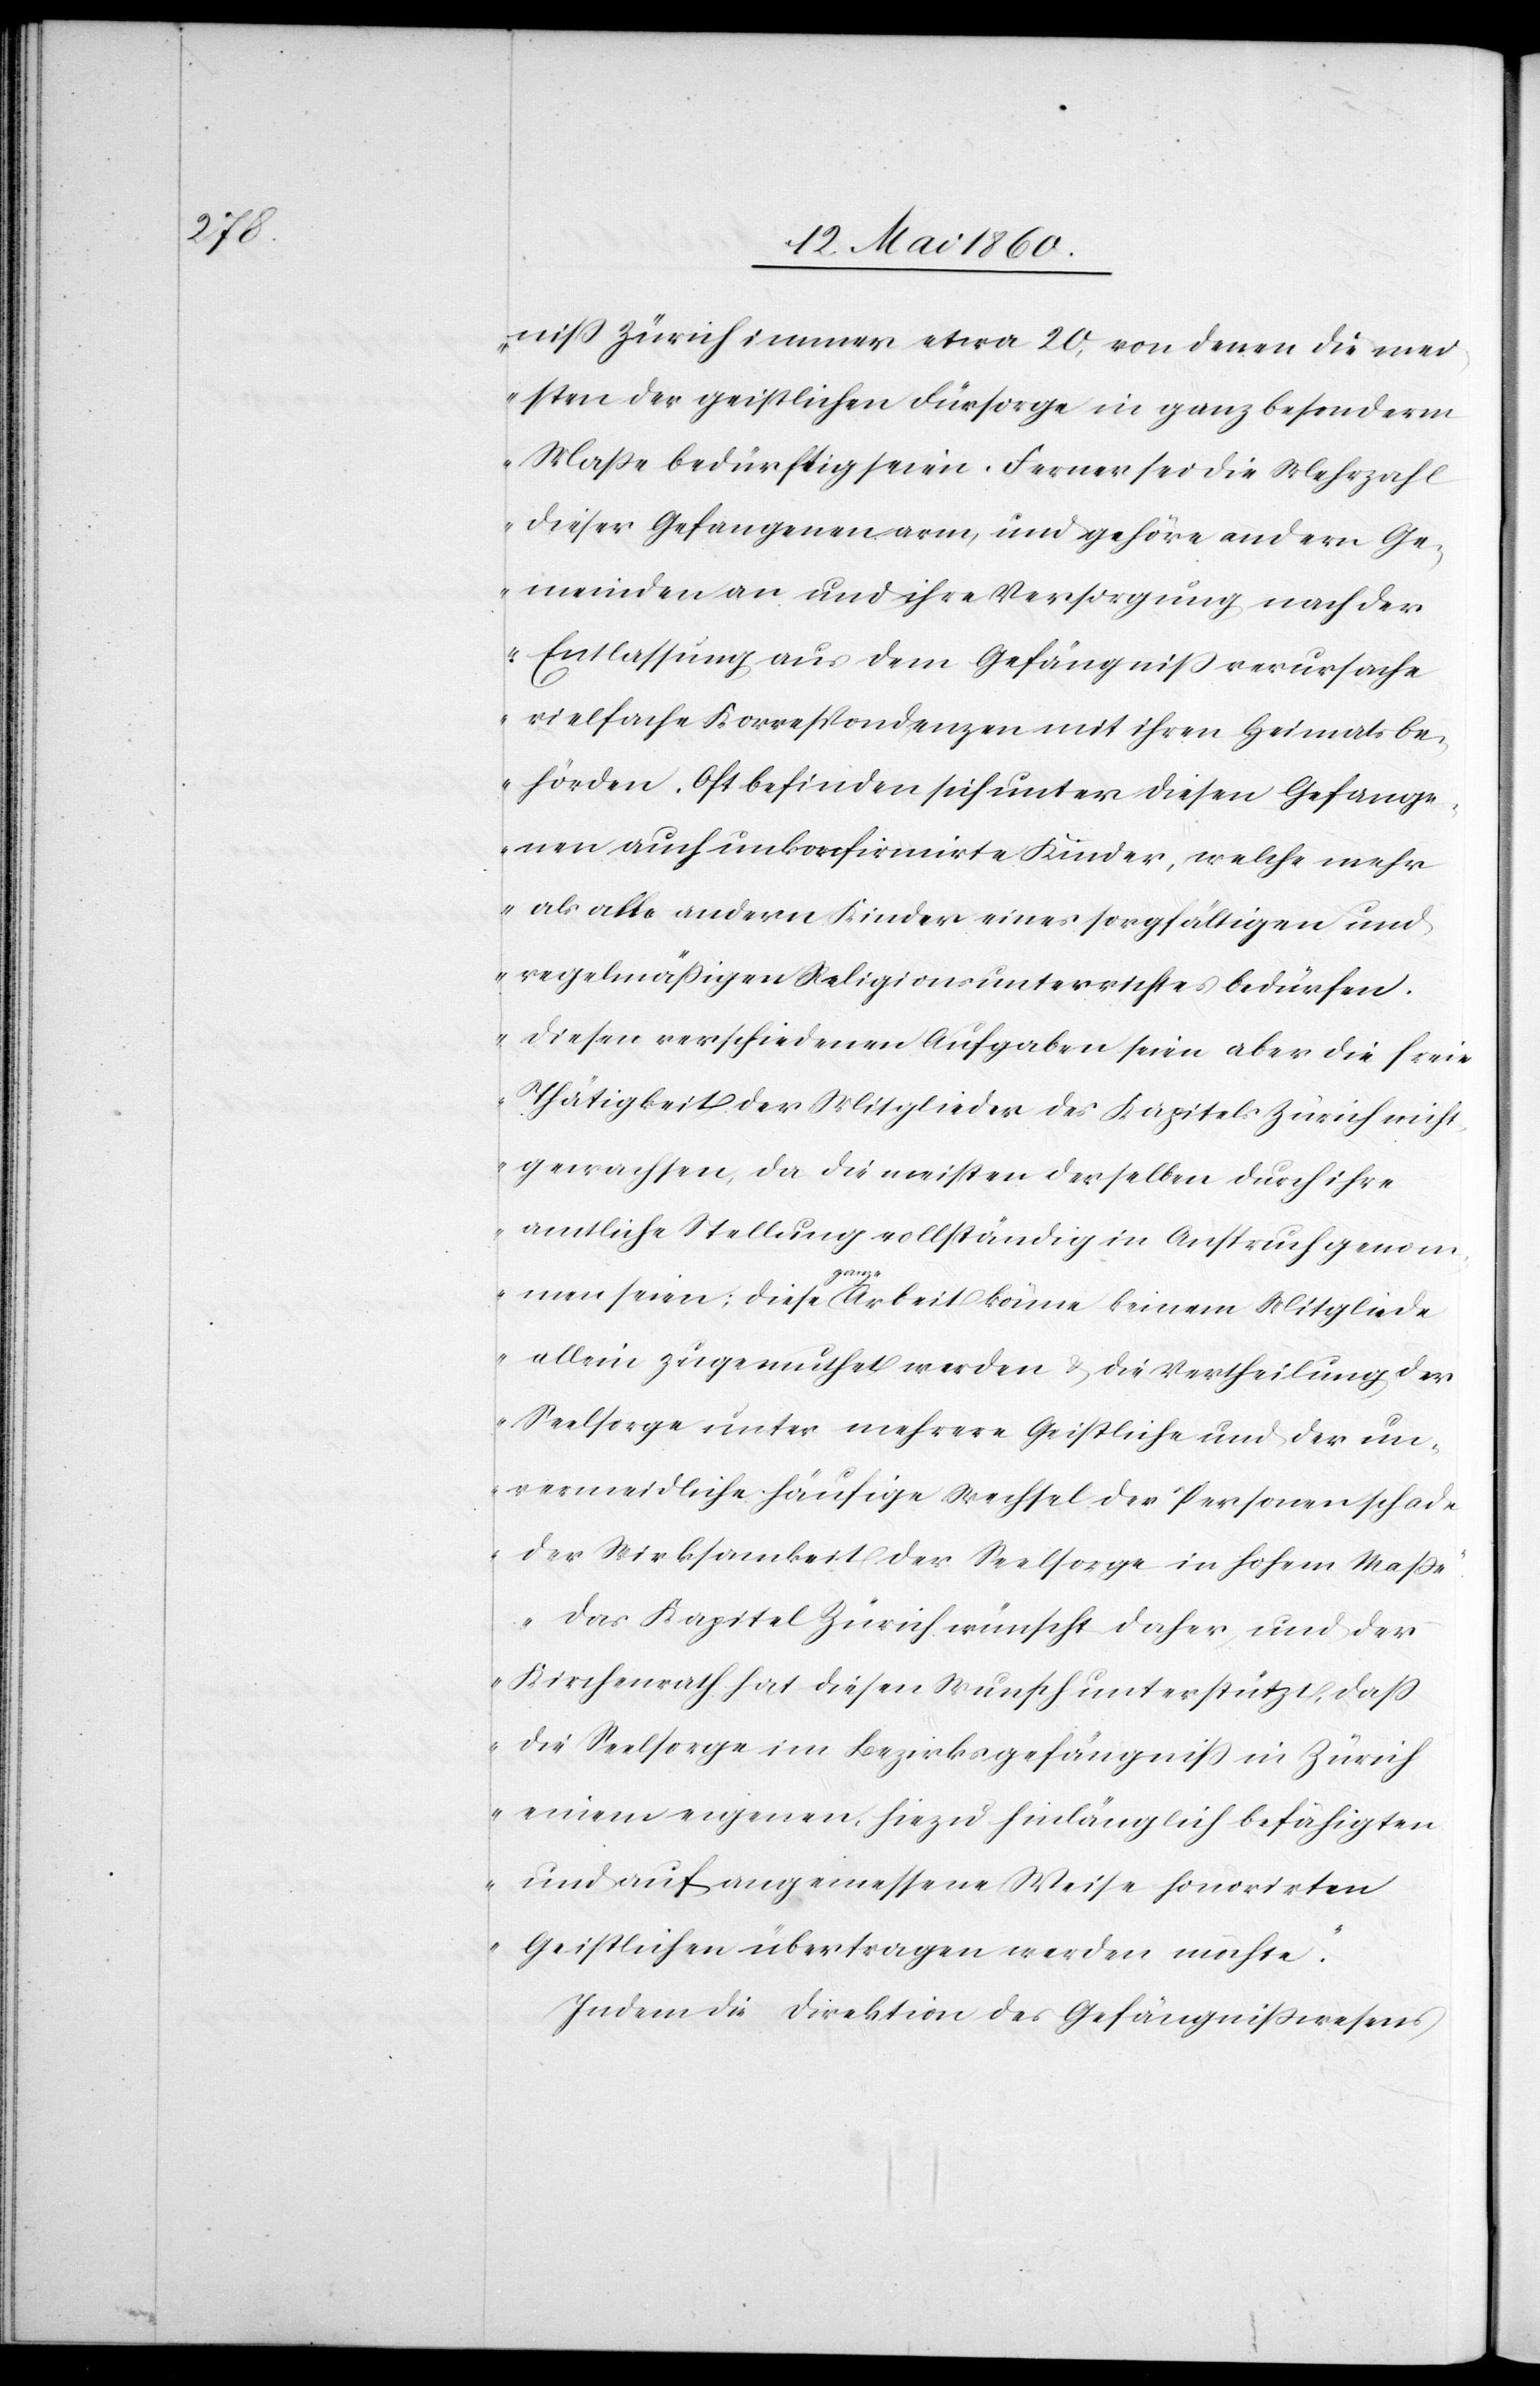
niss Zürich immer etwa 20, von denen die mei¬
sten der geistlichen Fürsorge in ganz besonderm
Masse bedürftig seien. Ferner sei die Mehrzahl
dieser Gefangenen arm, und gehöre andern Ge¬
meinden an und ihre Versorgung nach der
Entlassung aus dem Gefängniss verursache
vielfache Korrespondenzen mit ihren Heimatsbe¬
hörden. Oft befinden sich unter diesen Gefange¬
nen auch unkonfirmirte [sic!] Kinder, welche mehr
als alle andern Kinder eines sorgfältigen und
regelmässigen Religionsunterrichtes bedürfen.
Diesen verschiedenen Aufgaben seien aber die freie
Thätigkeit der Mitglieder des Kapitels Zürich nicht
gewachsen, da die meisten derselben durch ihre
amtliche Stellung vollständig in Anspruch genom¬
men seien; diese ganze Arbeit könne keinem Mitgliede
allein zugemuthet werden u. die Vertheilung der
Seelsorge unter mehrere Geistliche und der un¬
vermeidliche häufige Wechsel der Personen schade
der Wirksamkeit der Seelsorge in hohem Masse.
Das Kapitel Zürich wünscht daher, und der
Kirchenrath hat diesen Wunsch unterstützt, dass
die Seelsorge im Bezirksgefängniss in Zürich
einem eigenen, hiezu hinlänglich befähigten
und auf angemessene Weise honorirten
Geistlichen übertragen werden möchte.“
Indem die Direktion des Gefängnisswesens